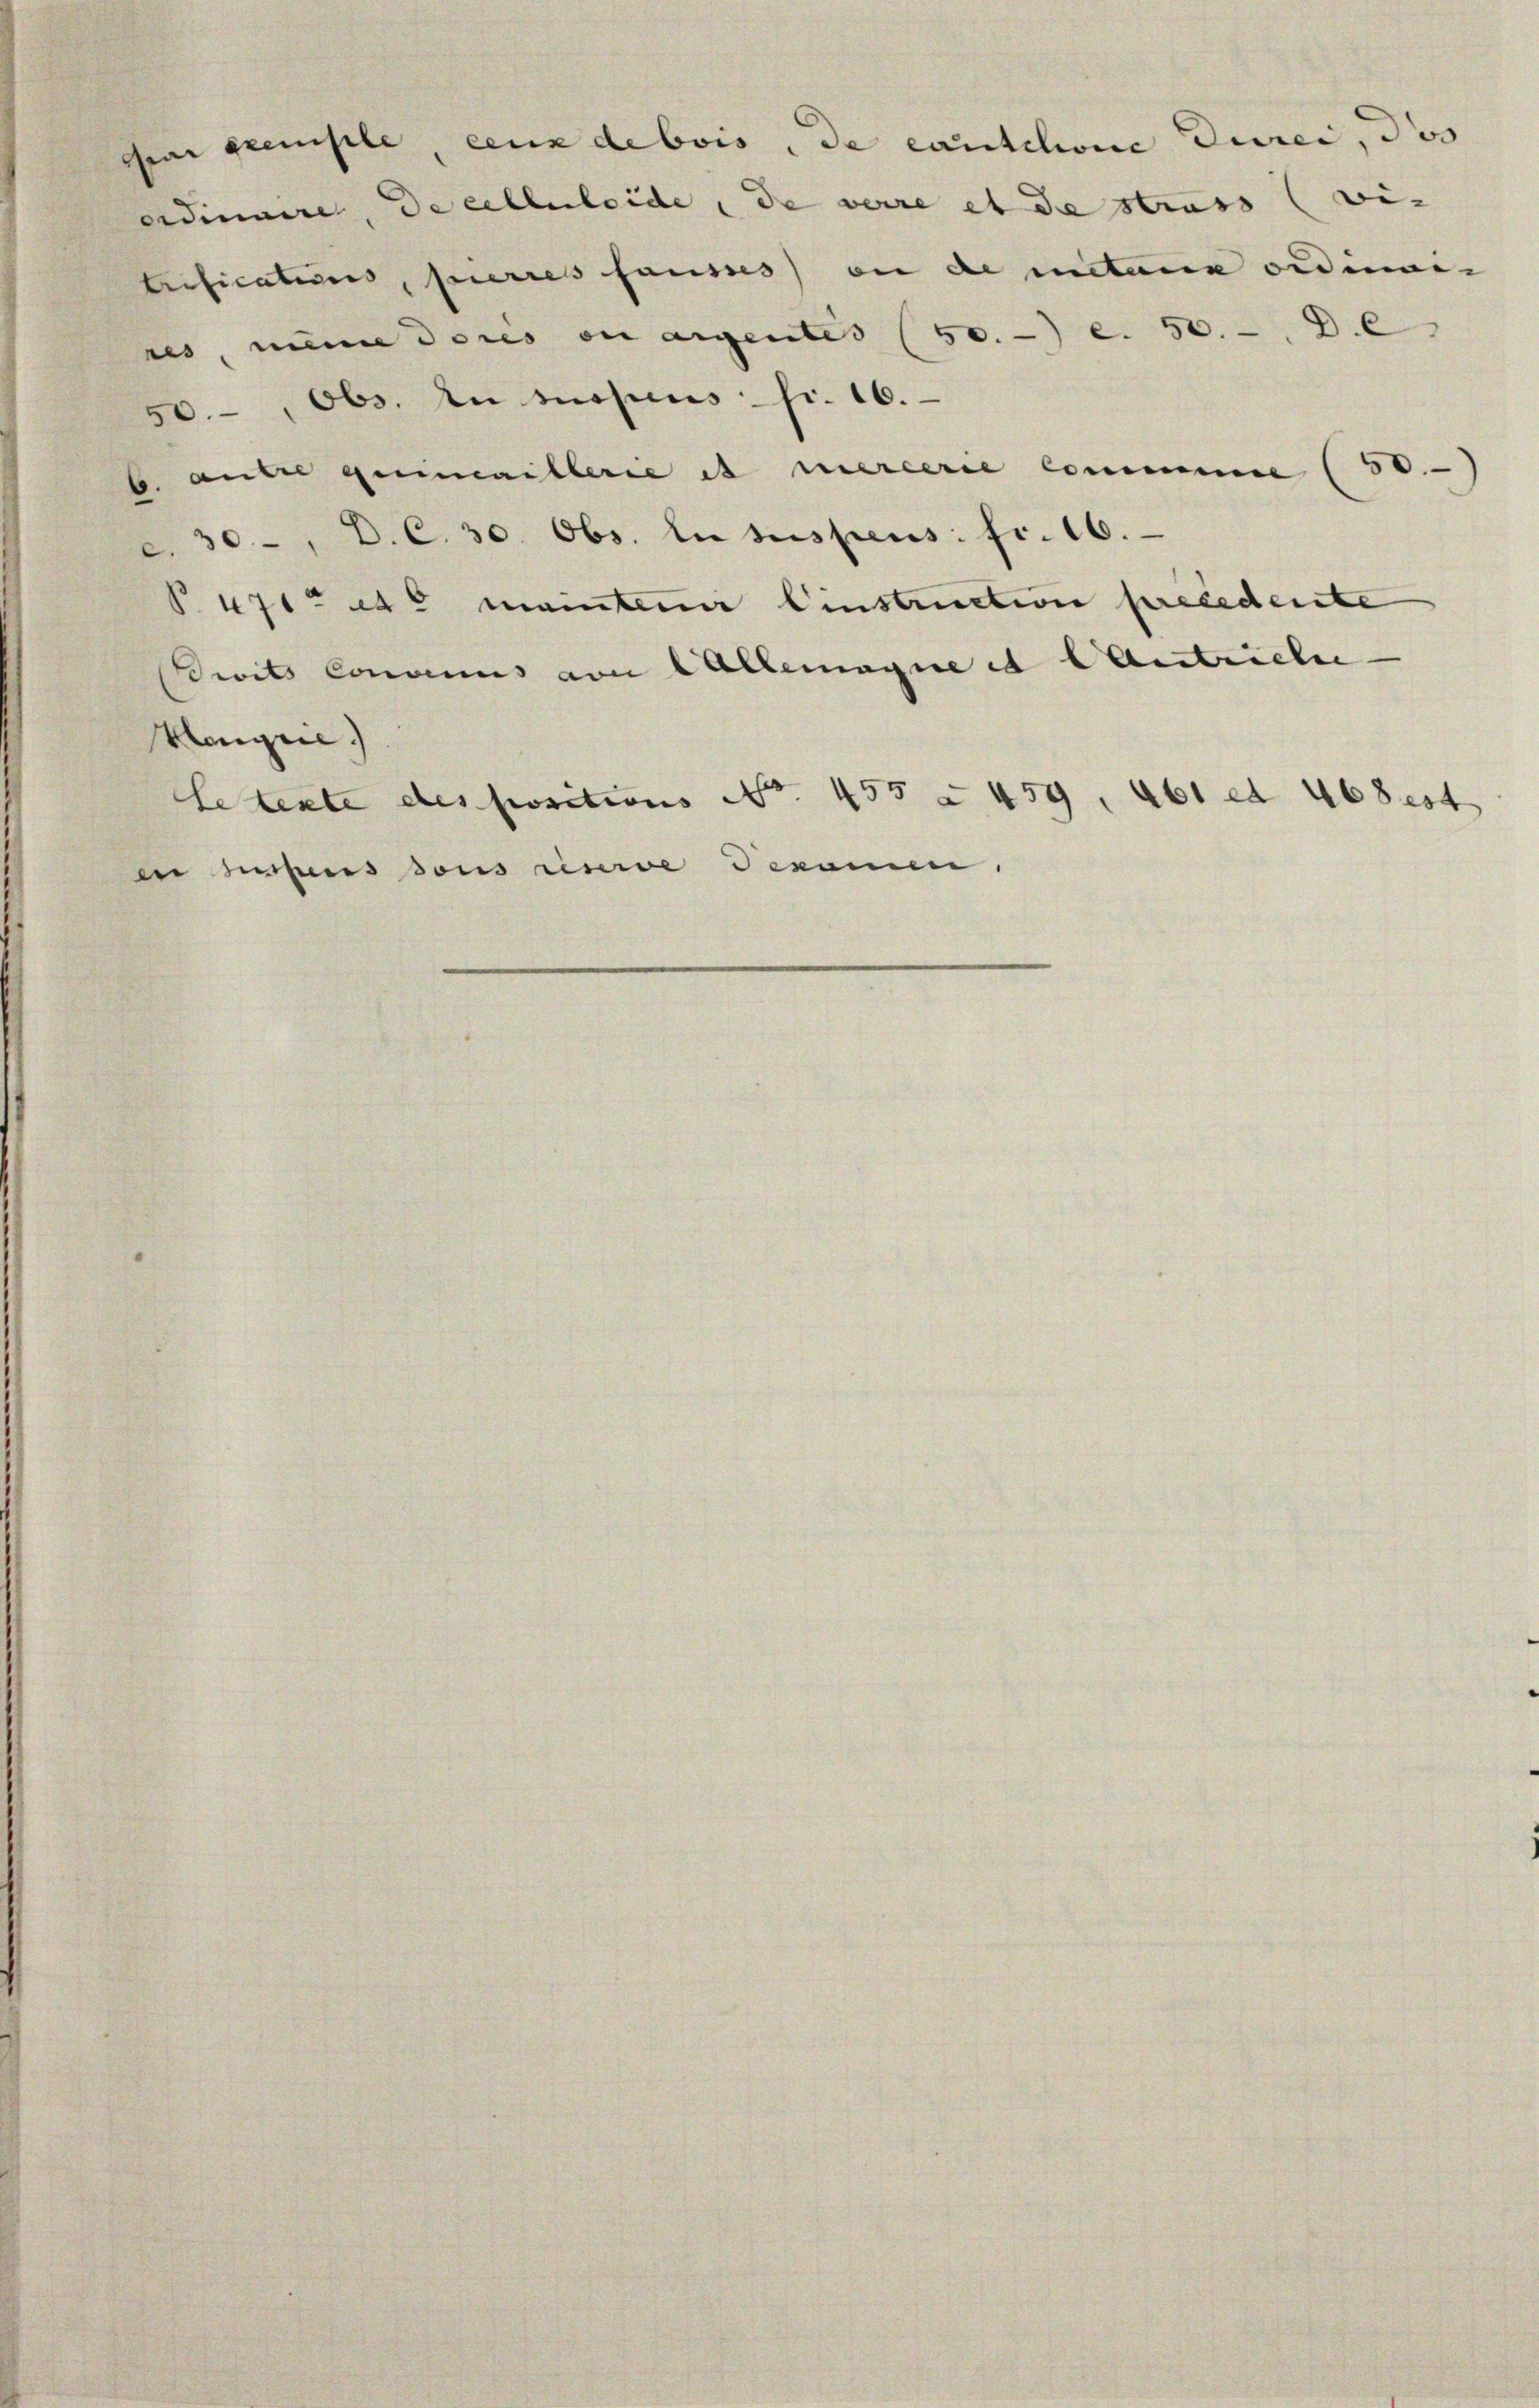
Grai Exemple, ceux de bois, de cautilione Durei, das
ordinaire, de cellerleide, de verre et de strass (wi- |
tifications, feierres fausses) an de metane ordinair
nes, meine deres ou aigentes (50. e. 50. 6
50, Obs. An suspens fr. 16.
b. ander quimaillerie es mercerie commen (50.
a. 30, D. C. 30. Obs. le suspens. fr. 16.
Partete mainten Einstruction precedente
Brits Convenus von Wallemagne et l Antriebe
Hongrie.)
letente des positions No. 455 à 459. 461 et 468 est
in des sous riserve dekamen,